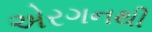
એરગનથી